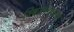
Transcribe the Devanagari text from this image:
विश्वस्तव्यवस्था